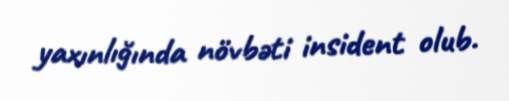
yaxınlığında növbəti insident olub.